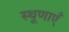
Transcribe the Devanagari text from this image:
स्थूणाएँ